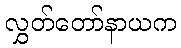
လွှတ်တော်နာယက